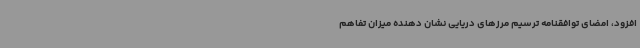
افزود، امضای توافقنامه‌ ترسیم مرزهای دریایی نشان دهنده میزان تفاهم